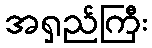
အရှည်ကြီး